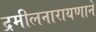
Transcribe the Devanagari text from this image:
द्रमीलनारायणाने